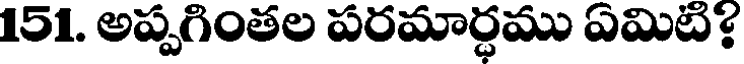
151. అప్పగింతల పరమార్ధము ఏమిటి?